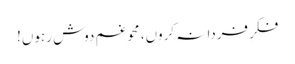
فکرِ فردا نہ کروں، محوِ غم دوش رہوں!